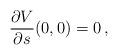
LaTeX: \begin{align*}\frac{\partial V}{\partial s} (0,0) =0\,,\end{align*}